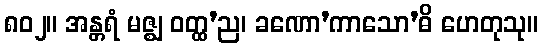
၈၀၂။ အန္တရံ မဇ္ဈ ဝတ္ထ’ည၊ ခဏော’ကာသော’ဓိ ဟေတုသု။